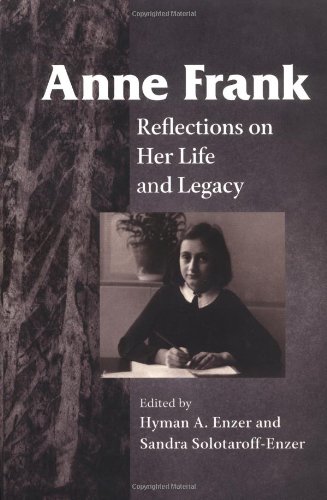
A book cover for Anne Frank: Reflections on Her Life and Legacy; Biographies & Memoirs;